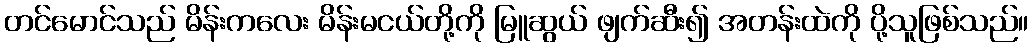
တင်မောင်သည် မိန်းကလေး မိန်းမငယ်တို့ကို မြူဆွယ် ဖျက်ဆီး၍ အတန်းထဲကို ပို့သူဖြစ်သည်။